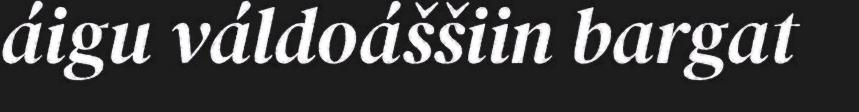
áigu váldoáššiin bargat